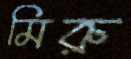
মিরু